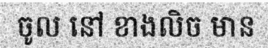
ចូល នៅ ខាងលិច មាន